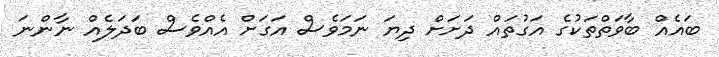
ބައެއް ބާވަތްތަކުގެ އަގުތައް ދަށަށް ދިޔަ ނަމަވެސް އަގަށް އެއްވެސް ބަދަލެއް ނާންނަ